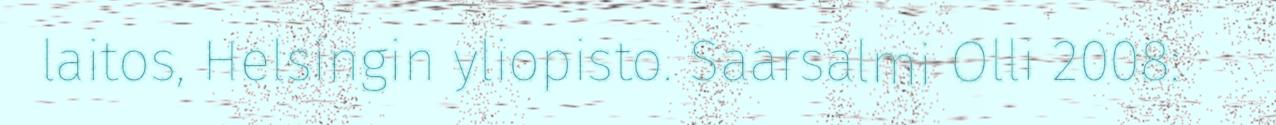
laitos, Helsingin yliopisto. Saarsalmi Olli 2008: